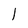
Character: l